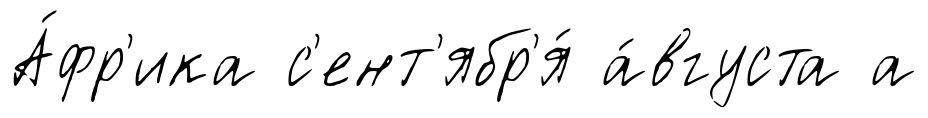
А́фр'ика с'ент'ябр'я́ а́вгуста а